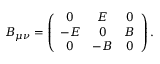
B _ { \mu \nu } = \left( \begin{array} { c c c } { { 0 } } & { { E } } & { { 0 } } \\ { { - E } } & { { 0 } } & { { B } } \\ { { 0 } } & { { - B } } & { { 0 } } \end{array} \right) .